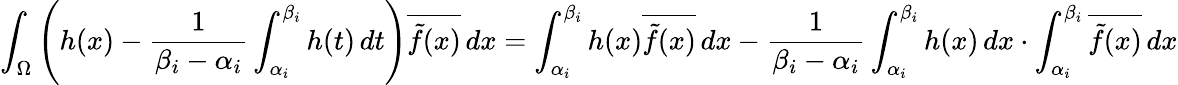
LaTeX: \int_{\Omega}\left(h(x)-\frac 1{\beta_{i}-\alpha_{i}}\int_{\alpha_{i}}^{\beta_{i}}h(t)\, dt\right)\overline{{\tilde{f}(x)}}\, dx=\int_{\alpha_{i}}^{\beta_{i}}h(x)\overline{{\tilde{f}(x)}}\, dx-\frac{1}{\beta_{i}-\alpha_{i}}\int_{\alpha_{i}}^{\beta_{i}}h(x)\, dx\cdot\int_{\alpha_{i}}^{\beta_{i}}\overline{{\tilde{f}(x)}}\, dx